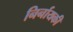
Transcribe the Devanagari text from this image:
निर्नायकी